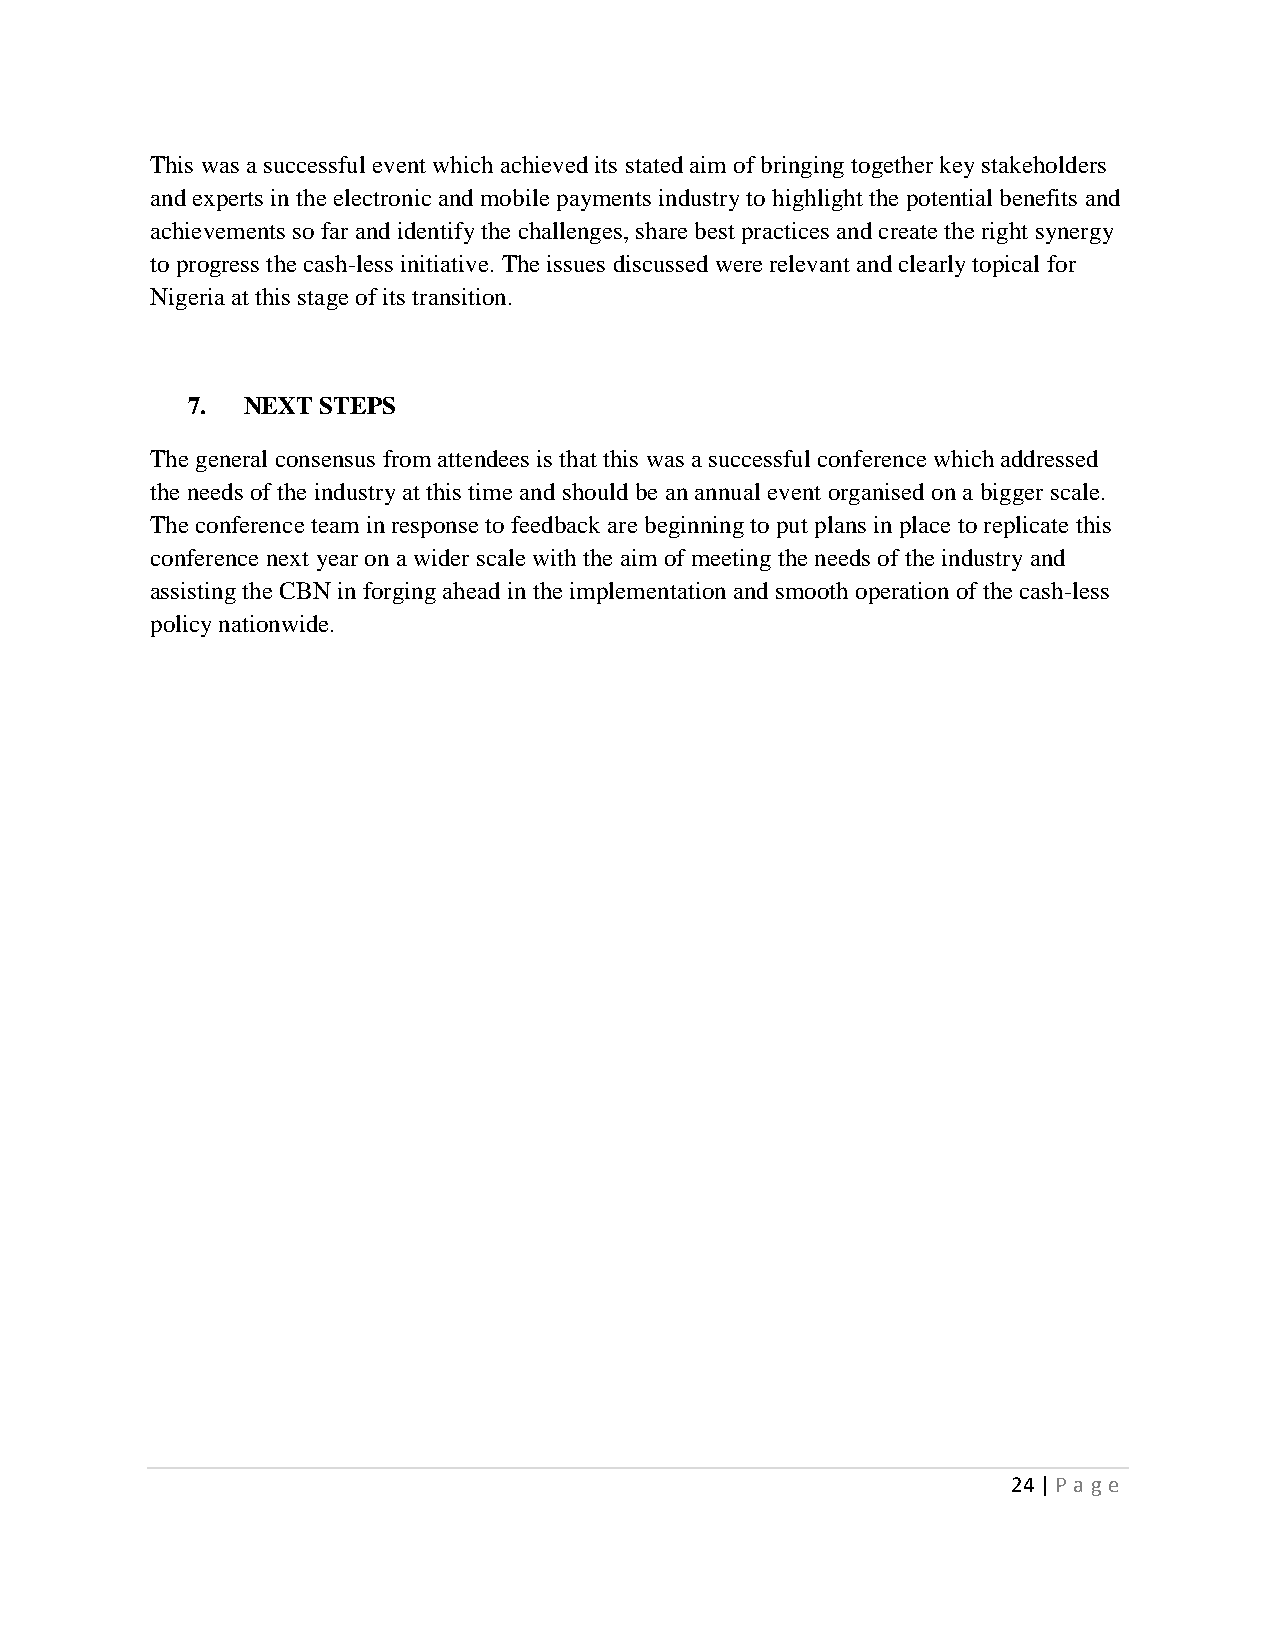
This was a successful event which achieved its stated aim of bringing together key stakeholders
 and experts in the electronic and mobile payments industry to highlight the potential benefits and
 achievements so far and identify the challenges, share best practices and create the right synergy
 to progress the cash-less initiative. The issues discussed were relevant and clearly topical for
 Nigeria at this stage of its transition.
 7.  NEXT STEPS
 The general consensus from attendees is that this was a successful conference which addressed
 the needs of the industry at this time and should be an annual event organised on a bigger scale.
 The conference team in response to feedback are beginning to put plans in place to replicate this
 conference next year on a wider scale with the aim of meeting the needs of the industry and
 assisting the CBN in forging ahead in the implementation and smooth operation of the cash-less
 policy nationwide.
 24 | P age